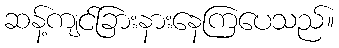
ဆန့်ကျင်ခြားနားနေကြပေသည်။